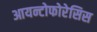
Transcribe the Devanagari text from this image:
आयन्टोफोरेसिस